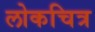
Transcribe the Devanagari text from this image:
लोकचित्र